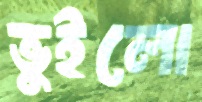
ভুইলো